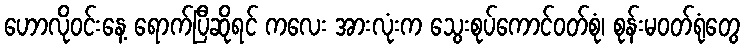
ဟောလိုဝင်းနေ့ ရောက်ပြီဆိုရင် ကလေး အားလုံးက သွေးစုပ်ကောင်ဝတ်စုံ၊ စုန်းမဝတ်ရုံတွေ